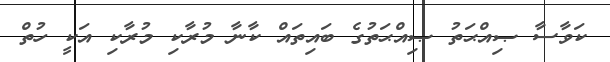
ކަވާސާ ޞިއްޙަތު ޞިއްޙަތުގެ ބައިތައް ކާނާ މުރާކި މުރާކި އަކީ ހުތް